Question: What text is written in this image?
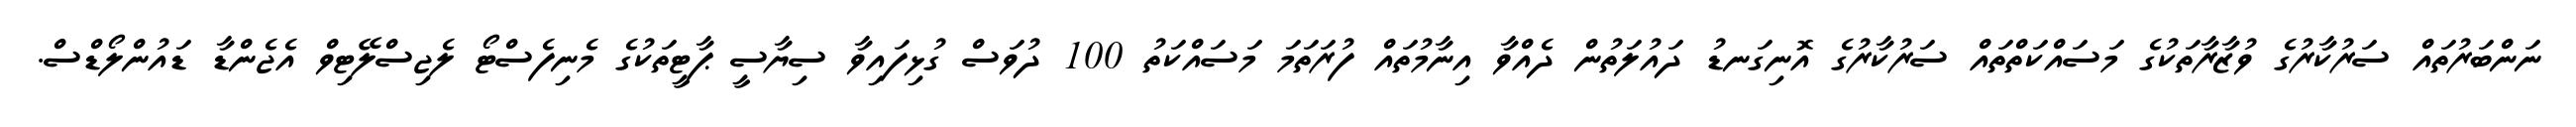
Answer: ނަންބަރުތައް ސަރުކާރުގެ ވުޒާރާތަކުގެ މަސައްކަތްތައް ސަރުކާރުގެ އޮނިގަނޑު ދައުލަތުން ދެއްވާ އިނާމުތައް ފުރަތަމަ މަސައްކަތު 100 ދުވަސް ގުޅިފައިވާ ސިޔާސީ ޕާޓީތަކުގެ މެނިފެސްޓޯ ލެޖިސްލޭޓިވް އެޖެންޑާ ޑައުންލޯޑްސް.